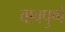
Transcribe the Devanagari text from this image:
वाक्पुष्पें